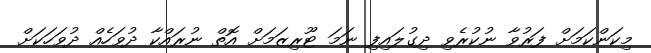
މިކަންކަމަށް ފަރުވާ ނުކުރެވި ދިގުލައިފި ނަމަ ޓޫރިިޒަމަށް އޮތް ނުރައްކާ ދުވަހެއް ދުވަހަކަށް